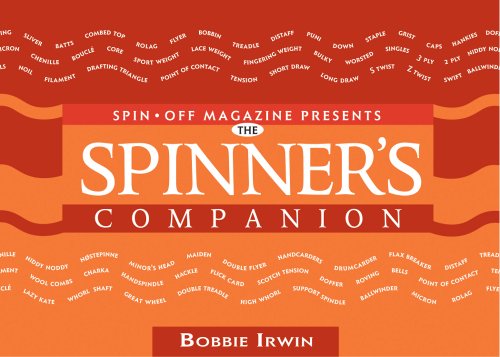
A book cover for The Spinner's Companion (Companion); Bobbie Irwin; Crafts, Hobbies & Home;